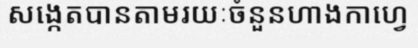
សង្កេតបានតាមរយៈចំនួនហាងកាហ្វេ